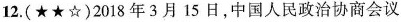
12.(★★☆)2018年3月15日，中国人民政治协商会议